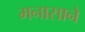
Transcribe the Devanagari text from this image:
मनासाने